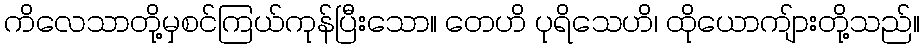
ကိလေသာတို့မှစင်ကြယ်ကုန်ပြီးသော။ တေဟိ ပုရိသေဟိ၊ ထိုယောကျ်ားတို့သည်။